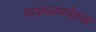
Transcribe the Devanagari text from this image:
पायथ्यापर्यंतचा